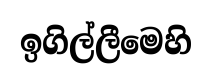
ඉගිල්ලීමෙහි